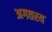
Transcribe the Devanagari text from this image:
अगतस्य